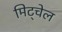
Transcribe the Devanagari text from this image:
मिट्चेल